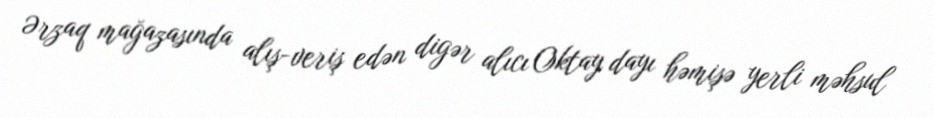
Ərzaq mağazasında alış-veriş edən digər alıcı Oktay dayı həmişə yerli məhsul